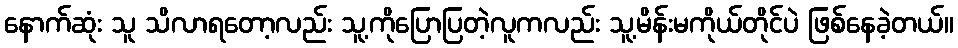
နောက်ဆုံး သူ သိလာရတော့လည်း သူ့ကိုပြောပြတဲ့လူကလည်း သူ့မိန်းမကိုယ်တိုင်ပဲ ဖြစ်နေခဲ့တယ်။